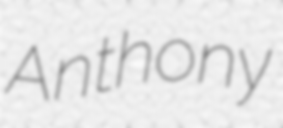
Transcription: Anthony